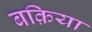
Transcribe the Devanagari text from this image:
बक़िया